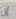
إن